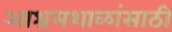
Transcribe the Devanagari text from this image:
आश्रमशाळांसाठी